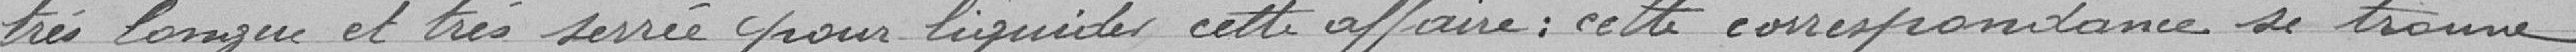
très longue et très serrée pour liquider cette affaire : cette correspondance se trouve